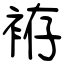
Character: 袸